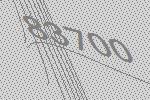
83700